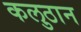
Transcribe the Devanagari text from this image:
कलुठान